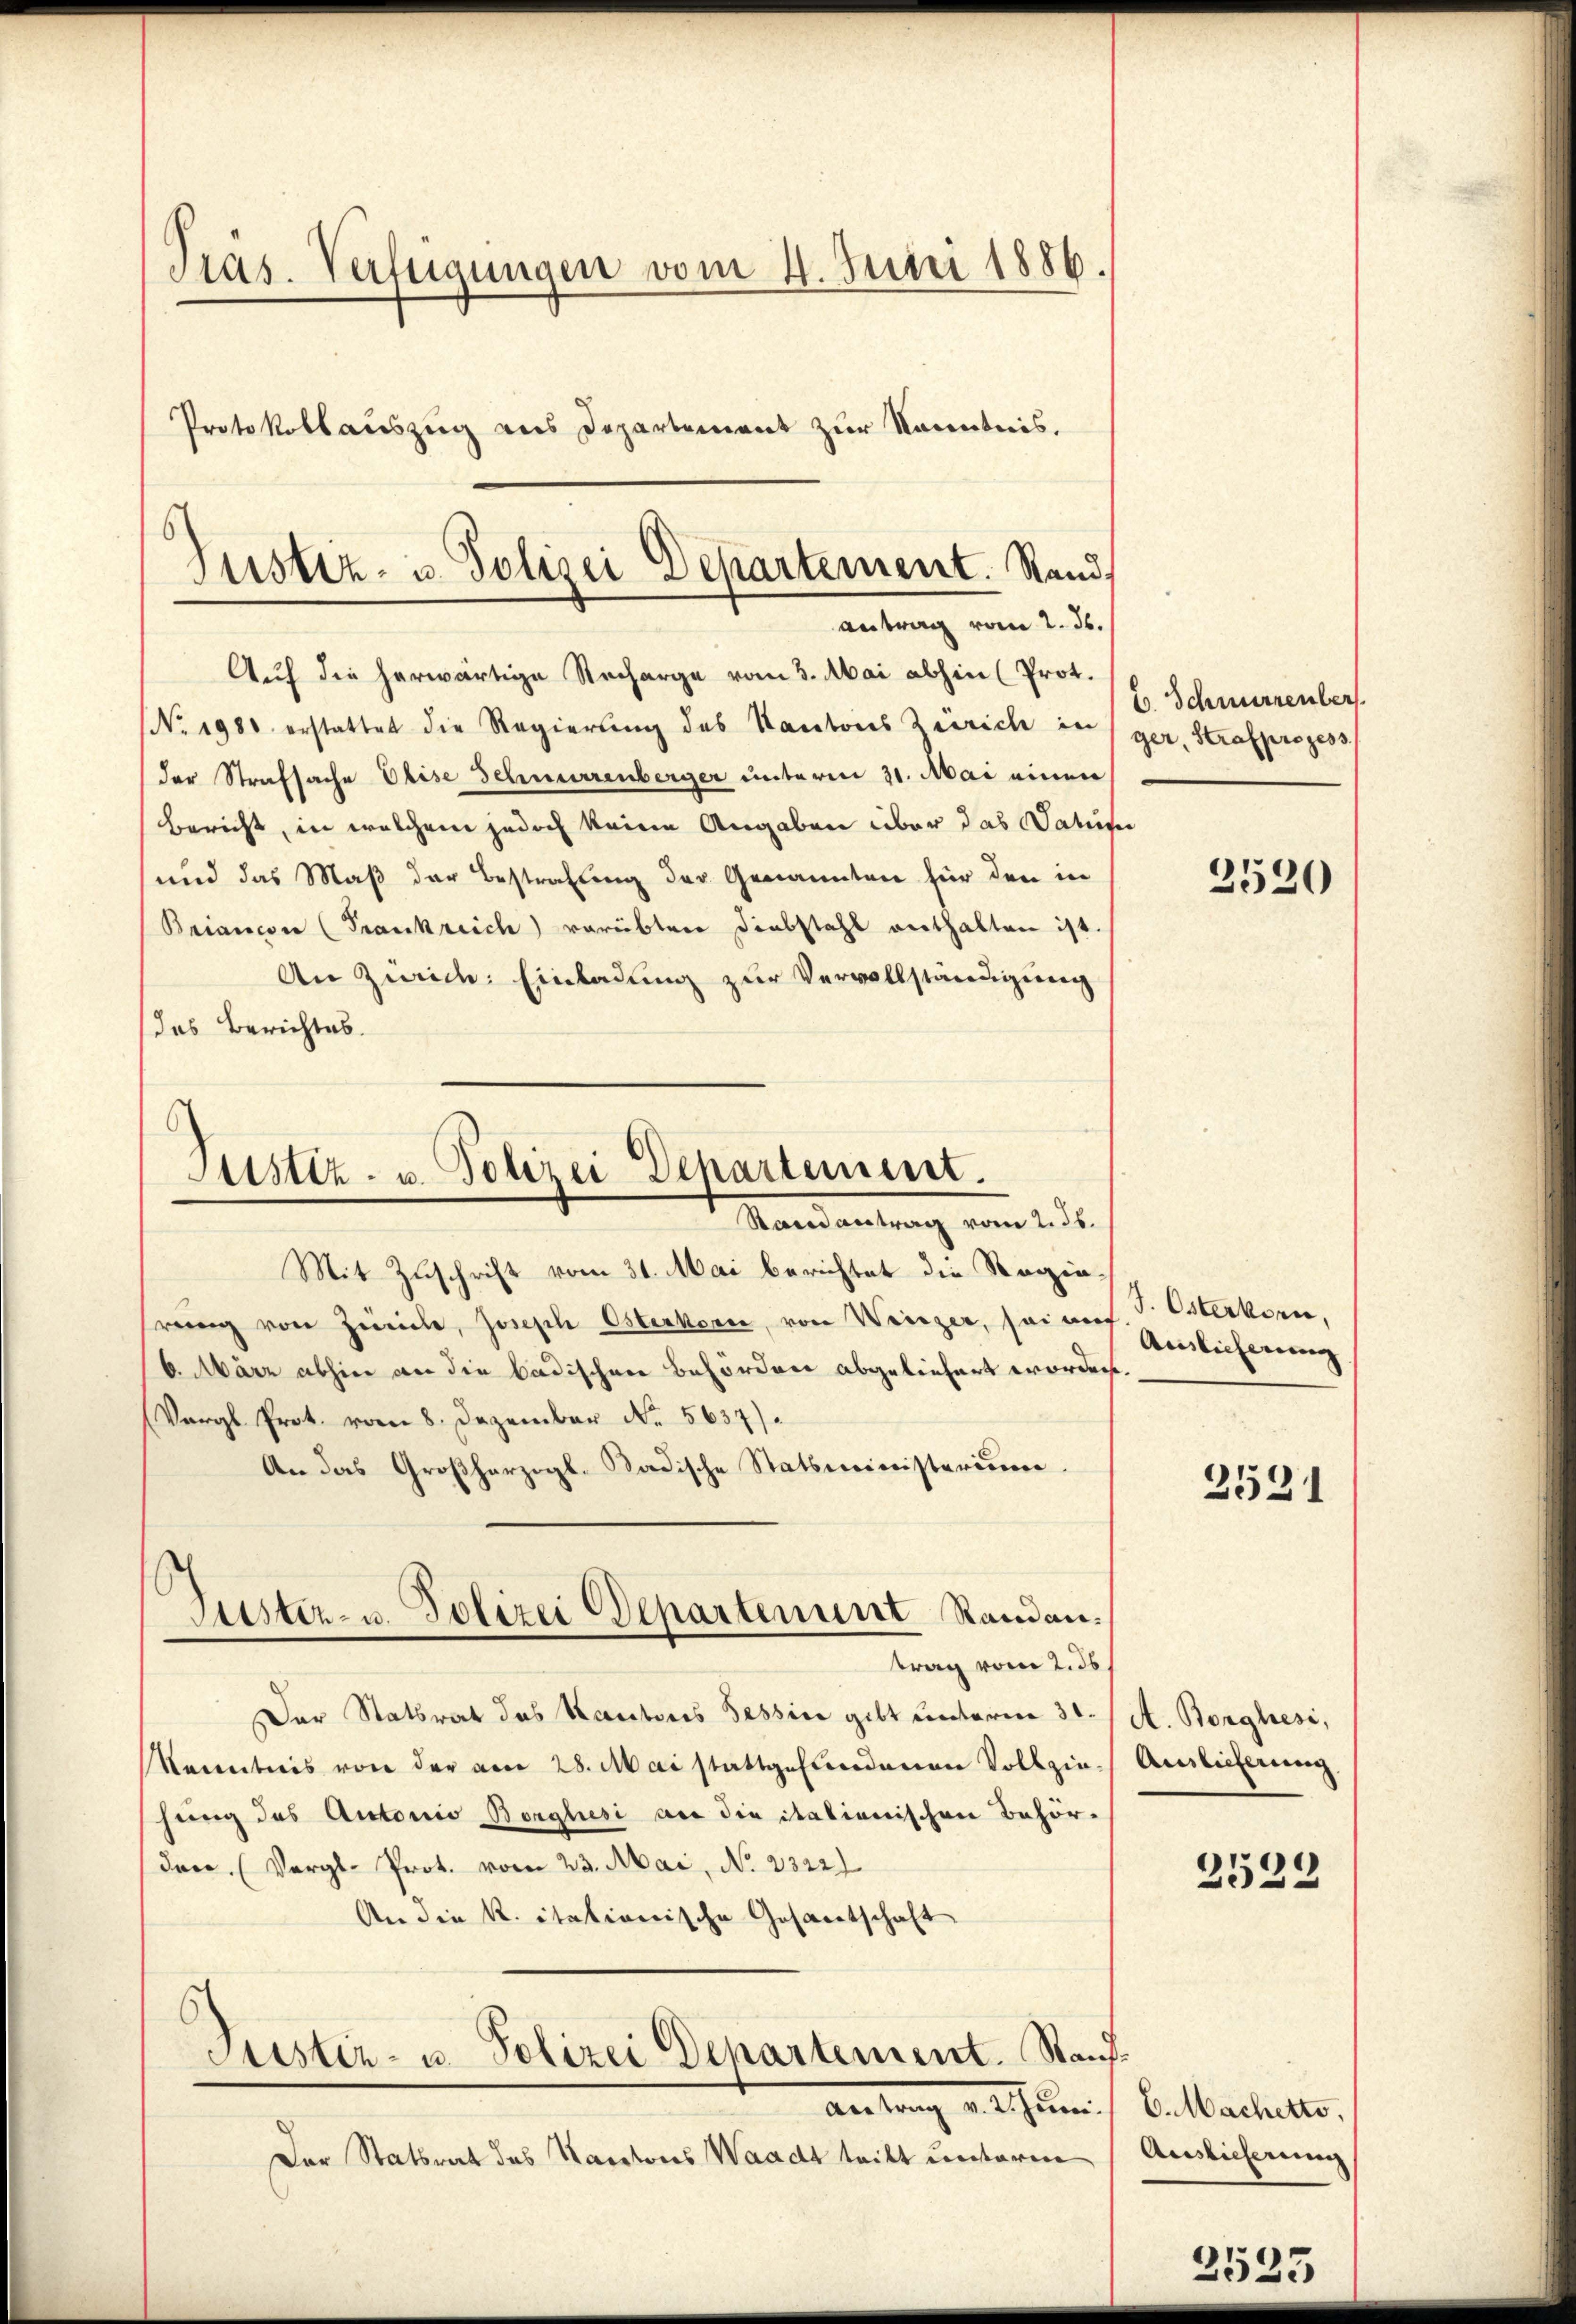
Pras. Verfügungen vom 4. Juni 1886.
Protokollauszug aus Departement zur Kenntnis,

Auch die herwärtige Recharge vom 3. Mai abhin (Prot.
No. 1980 erstattet die Regierung des Kantons Zürich in
der Strafsache Elise Schnurrenberger unterm 31. Mai einen
Bericht, in welchem jedoch keine Angaben über das Datu
und das Maß der Bestrafung der Genannten für den in
Briancon (Frankreich verübten Diebstahl enthalten ist.
An Zürich: Einladung zur Vervollständigung
das Berichtes.
Justiz- u. Polizei Departement.
Mandantrag vom 2. ds.

6
Justiz- u. Polizei Departement. Stand,
antrag vom 2. ds.

Guster- u. Polizei Departenunt Randan¬

Mit Zuschrift vom 31. Mai berichtet die Steiziareng von Zürich, Joseph Osterkorn, von Weizer, seines. v. Merkorn,
6. März abhin an die badischen Befördere abgeliefert worden.
(Vergl. Prot. vom 8. Dezember No. 5637).
An das Großherzigl. Badische Statsministerium
trag vom 2. ds
Der Statsrat das Kantons Tessin gibt unterm 3ten (A. Borghesi,
Renntnis von der am 28. Mai stattgefundenen Vollziehung des Antonio Borghesi an die italienischen Behörden. (Vergl. Prot. vom 23. Mai, No 2322.
An die K. italionische Gesandtschaft
6
Justiz- u. Polizei Departement. Staufantrag u. ich un
Der Statsrat des Kantons Waadt tritt unterm

E. Schnurrenber
ger, Strafprozess

2520

Auslieferung

2531

Auslieferung

2529

6. Machetto,
Auslieferung

3533